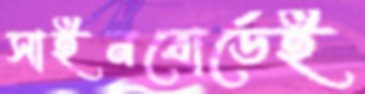
সাইনবোর্ডেই